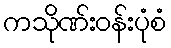
ကသိုဏ်းဝန်းပုံစံ